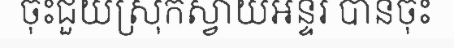
ចុះជួយស្រុកស្វាយអន្ទរ បានចុះ